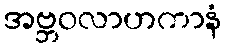
အဗ္ဘဝလာဟကာနံ